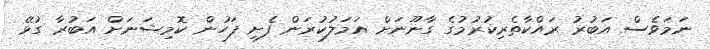
ނަމަވެސް އަބުރު ރައްކާތެރިކުރުމުގެ ގާނޫނަށް އަމަލުކުރަން ފެށި ފަހުން ކޮމިޝަނަށް އަބުރާ ގުޅޭ